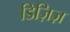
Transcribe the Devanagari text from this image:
डिज़िज़